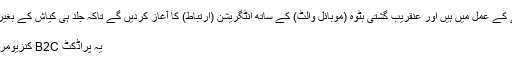
ہم اس معاملہ سے نمٹنے کے عمل میں ہیں اور عنقریب گشتی بٹوہ (موبائل والٹ) کے ساتھ اِنٹگریشن (ارتباط) کا آغاز کردیں گے تاکہ جلد ہی کیاش کے بغیر ادائیگیاں ممکن بنائیں،“
کنزیومر کو سمجھنا
یہ پراڈکٹ B2C کنزیومرز کے لئے اب فری ہے۔